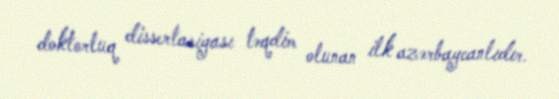
doktorluq dissertasiyası təqdim olunan ilk azərbaycanlıdır.